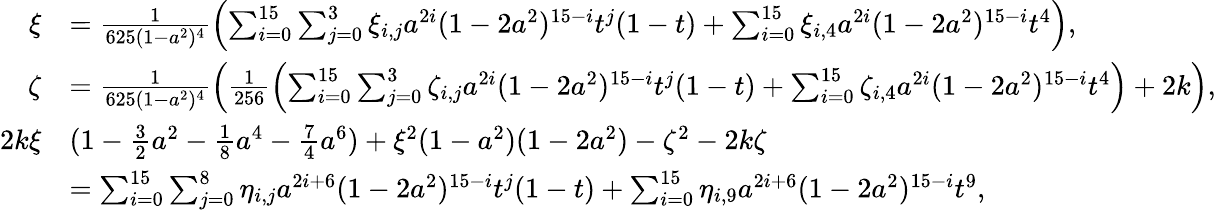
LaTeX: \begin{array}{rl}{\xi}&{=\frac{1}{625(1-a^{2})^{4}}\left(\sum_{i=0}^{15}\sum_{j=0}^{3}\xi_{i,j}a^{2i}(1-2a^{2})^{15-i}t^{j}(1-t)+\sum_{i=0}^{15}\xi_{i,4}a^{2i}(1-2a^{2})^{15-i}t^{4}\right),}\\ {\zeta}&{=\frac{1}{625(1-a^{2})^{4}}\left(\frac{1}{256}\left(\sum_{i=0}^{15}\sum_{j=0}^{3}\zeta_{i,j}a^{2i}(1-2a^{2})^{15-i}t^{j}(1-t)+\sum_{i=0}^{15}\zeta_{i,4}a^{2i}(1-2a^{2})^{15-i}t^{4}\right)+2k\right),}\\ {2k\xi}&{(1-\frac 32a^{2}-\frac 18a^{4}-\frac 74a^{6})+\xi^{2}(1-a^{2})(1-2a^{2})-\zeta^{2}-2k\zeta}\\ &{=\sum_{i=0}^{15}\sum_{j=0}^{8}\eta_{i,j}a^{2i+6}(1-2a^{2})^{15-i}t^{j}(1-t)+\sum_{i=0}^{15}\eta_{i,9}a^{2i+6}(1-2a^{2})^{15-i}t^{9},}\end{array}